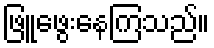
ဖြူဖွေးနေကြသည်။